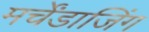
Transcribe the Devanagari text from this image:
मर्चेंडाजिंग